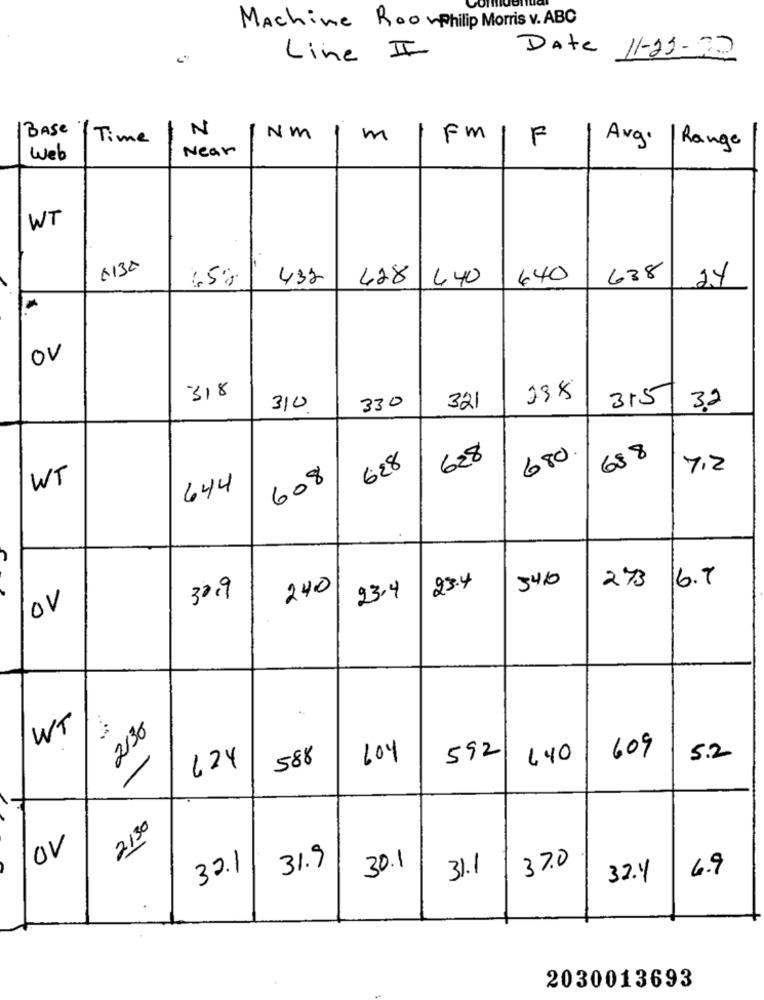
Machine RoomPhilip Morris v. ABC
Line II
Date 11-21- 20
BASE
N
Time
Nm
m
Fm
F
Avg.
Near
Range
Web
WT
T
65%
432
428
440
440
638
2.4
OV
318
238
315
310
330
321
32
628
680
688
628
7.2
WT
608
644
546
273
240
23.4
6.7
30,9
23.4
OV
WT
2130
609
588
104
592
440
5.2
624
2130
OV
37.0
32.1
31.9
30.1
31.1
6.9
32.4
2030013693